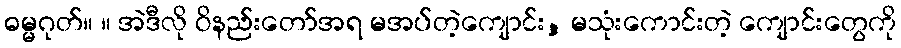
ဓမ္မဂုတ်။ ။ အဲဒီလို ဝိနည်းတော်အရ မအပ်တဲ့ကျောင်း, မသုံးကောင်းတဲ့ ကျောင်းတွေကို